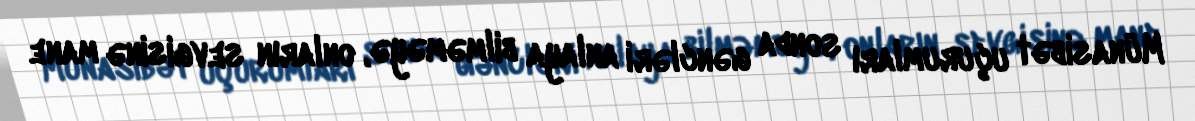
Münasibət uçurumları sonda gəncləri anlaya bilməməyə, onların sevgisinə mane